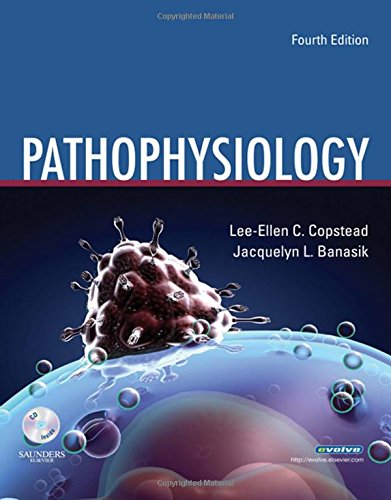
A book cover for Pathophysiology, 4e; Lee-Ellen C. Copstead-Kirkhorn PhD  RN; Medical Books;